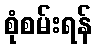
စုံစမ်းရန်